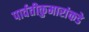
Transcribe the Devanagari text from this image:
पार्वतीकुमारांकडे